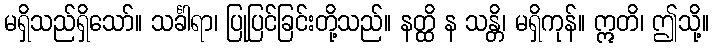
မရှိသည်ရှိသော်။ သင်္ခါရာ၊ ပြုပြင်ခြင်းတို့သည်။ နတ္ထိ န သန္တိ၊ မရှိကုန်။ ဣတိ၊ ဤသို့။